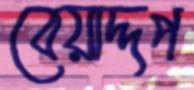
বেয়াদ্দপ